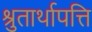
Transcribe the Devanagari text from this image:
श्रुतार्थापत्ति